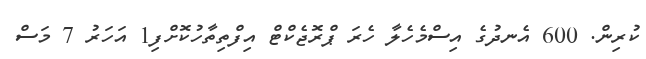
ކުރިން. 600 އެނދުގެ އިސްމެހެލާ ހެރަ ޕްރޮޖެކްޓް އިފްތިތާހުކޮށްފި1 އަހަރު 7 މަސް